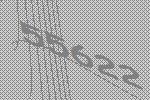
55622